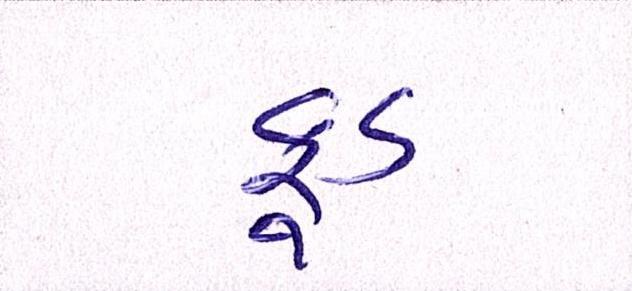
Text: ફૂડ